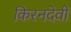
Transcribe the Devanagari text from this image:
किरनदेवी